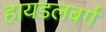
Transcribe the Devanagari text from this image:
हायडलबर्ग